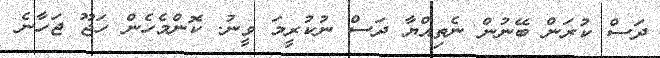
ދަސް ކުރަން ބޭނުން ނެތިއްޔާ ދަސް ނުކުރީމަ ވީނު. ކޮންމެހެން ހަޖޫ ޖަހާނެ